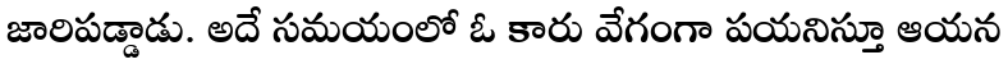
జారిపడ్డాడు. అదే సమయంలో ఓ కారు వేగంగా పయనిస్తూ ఆయన